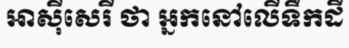
អាស៊ីសេរី ថា អ្នកនៅលើទឹកដី